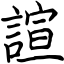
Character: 諠